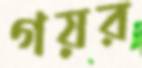
গয়র